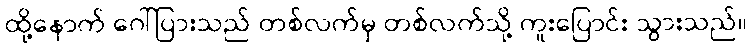
ထို့နောက် ဂေါ်ပြားသည် တစ်လက်မှ တစ်လက်သို့ ကူးပြောင်း သွားသည်။